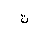
Letter: _ta